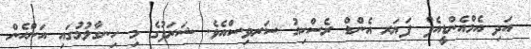
އަދި އެމްއެންޑީއެފް ފަޔަރ އެންޑް ރެސްކިއު ސަރވިސްއެވެ. ޝަރަފުގެ މި ހިނގާލުމުގައި އަންހެން